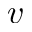
v